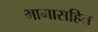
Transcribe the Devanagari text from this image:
भागासहित